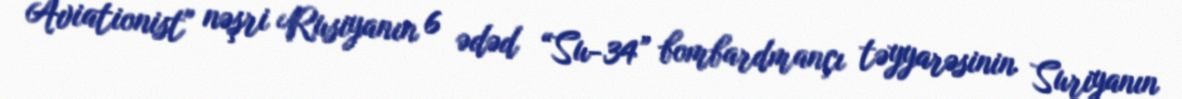
Aviationist" nəşri Rusiyanın 6 ədəd “Su-34” bombardmançı təyyarəsinin Suriyanın